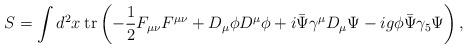
LaTeX: \begin{align*}S = \int d^2 x \hspace{1mm} \mbox{tr} \left(-\frac{1}{2} F_{\mu \nu}F^{\mu \nu}+D_\mu \phi D^\mu \phi +i \bar{\Psi}\gamma^\mu D_{\mu}\Psi -ig\phi\bar{\Psi}\gamma_5\Psi \right),\end{align*}